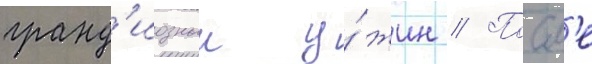
гранд'иозныи у́жин // Посл'е